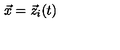
\vec { x } = \vec { z } _ { i } ( t ) \,